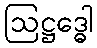
ဩဋ္ဌဒ္ဓေါ